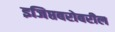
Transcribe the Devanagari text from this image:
इजिप्तबरोबरील